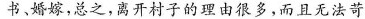
书、婚假，总之，离开村子的理由很多，而且无法苛